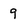
Character: 9